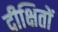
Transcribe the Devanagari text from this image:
दीक्षितों